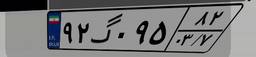
۹۲گ۰۹۵۸۲